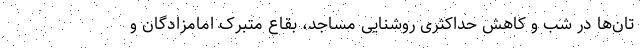
تان‌ها در شب و کاهش حداکثری روشنایی مساجد، بقاع متبرک امامزادگان و